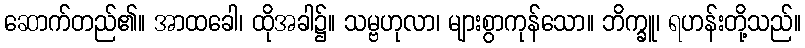
ဆောက်တည်၏။ အာထခေါ၊ ထိုအခါ၌။ သမ္ဗဟုလာ၊ များစွာကုန်သော။ ဘိက္ခူ၊ ရဟန်းတို့သည်။